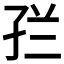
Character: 𭓀